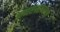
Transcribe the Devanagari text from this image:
काव्यसंग्रहांबरोबरच